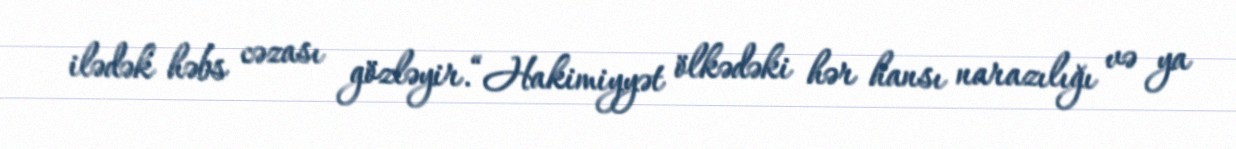
ilədək həbs cəzası gözləyir.“Hakimiyyət ölkədəki hər hansı narazılığı və ya